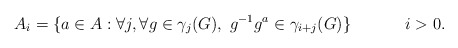
\begin{align*}A_i & = \{ a\in A : \forall j, \forall g\in \gamma_j(G),~ g^{-1} g^a\in \gamma_{i+j}(G)\} & i>0.\end{align*}